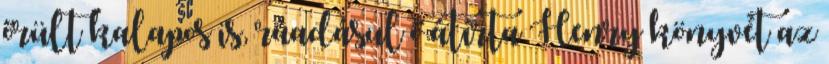
őrült kalapos is, ráadásul ő átírta Henry könyvét az